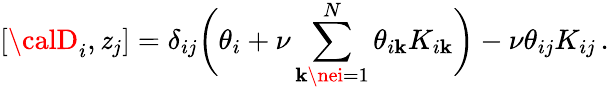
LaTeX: \left[{\calD}_{i},\mathit{z}_{j}\right]=\delta_{ij}\biggl(\theta_{i}+\nu\sum_{\mathbf{k}\nei=1}^{N}\theta_{i\mathbf{k}}K_{i\mathbf{k}}\biggr)-\nu\theta_{ij}K_{ij}\, .